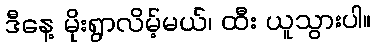
ဒီနေ့ မိုးရွာလိမ့်မယ်၊ ထီး ယူသွားပါ။